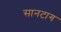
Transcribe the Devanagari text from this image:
सानटाग